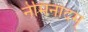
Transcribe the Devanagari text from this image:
नेमिनादम्